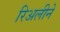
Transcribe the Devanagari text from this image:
रिअलीने